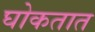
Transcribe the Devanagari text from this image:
घोकतात